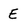
Character: E